Language: tamil
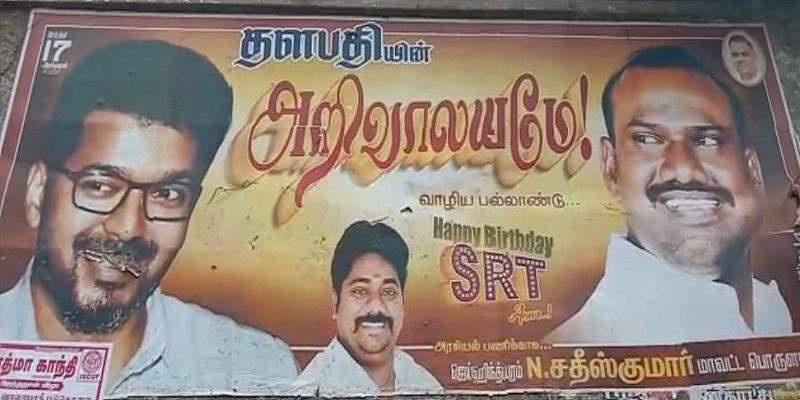
Transcription: தளபதி வாழிய பல்லாண்டு காந்தி சதீஸ்குமாா் மாவட்ட பொரு அறிவாலயமே யின் த்மா